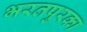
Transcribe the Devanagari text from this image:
भरतपुरका